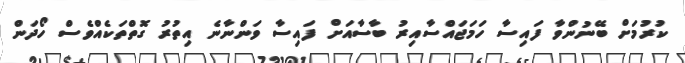
ކުރުމަށް ބޭނުންވާ ފައިސާ ހަމަޖައްސާއިރު ބާސާއަށް ފައިސާ ވަންނާނެ އިތުރު ގޮތްތަކެއްވެސް ހޯދަން